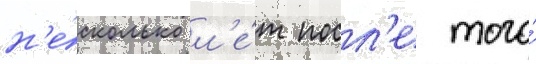
н'е́сколько л'е́т посл'е того́